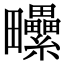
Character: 𤴈